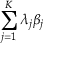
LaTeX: \sum _ { j = 1 } ^ { K } \lambda _ { j } \beta _ { j }